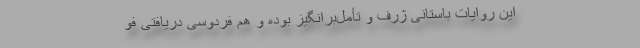
این روایات باستانی ژرف و تأمل‌برانگیز بوده و هم فردوسی دریافتی فو